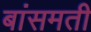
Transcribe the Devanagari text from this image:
बांसमती